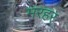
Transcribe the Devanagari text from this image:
मरहर